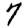
Digit: 7